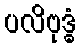
ပလိဗုဒ္ဓံ